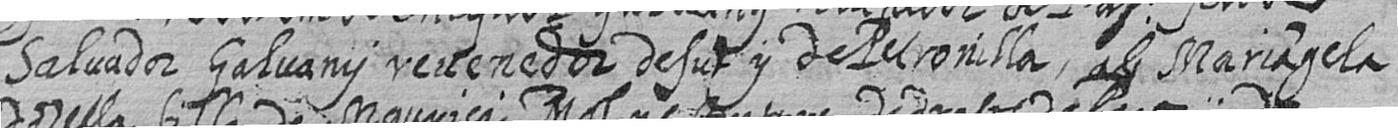
Salvador Galvany revenedor defut y de Petronilla ab Mariagela